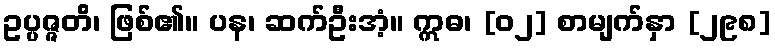
ဥပ္ပဇ္ဇတိ၊ ဖြစ်၏။ ပန၊ ဆက်ဦးအံ့။ ဣဓ၊ [၀၂] စာမျက်နှာ [၂၉၈]